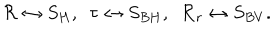
{ \cal R } \leftrightarrow S _ { H } , ~ ~ \tau \leftrightarrow S _ { B H } , ~ ~ { \cal R } _ { r } \leftrightarrow S _ { B V } .